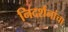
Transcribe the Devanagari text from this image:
निदर्शनांचा